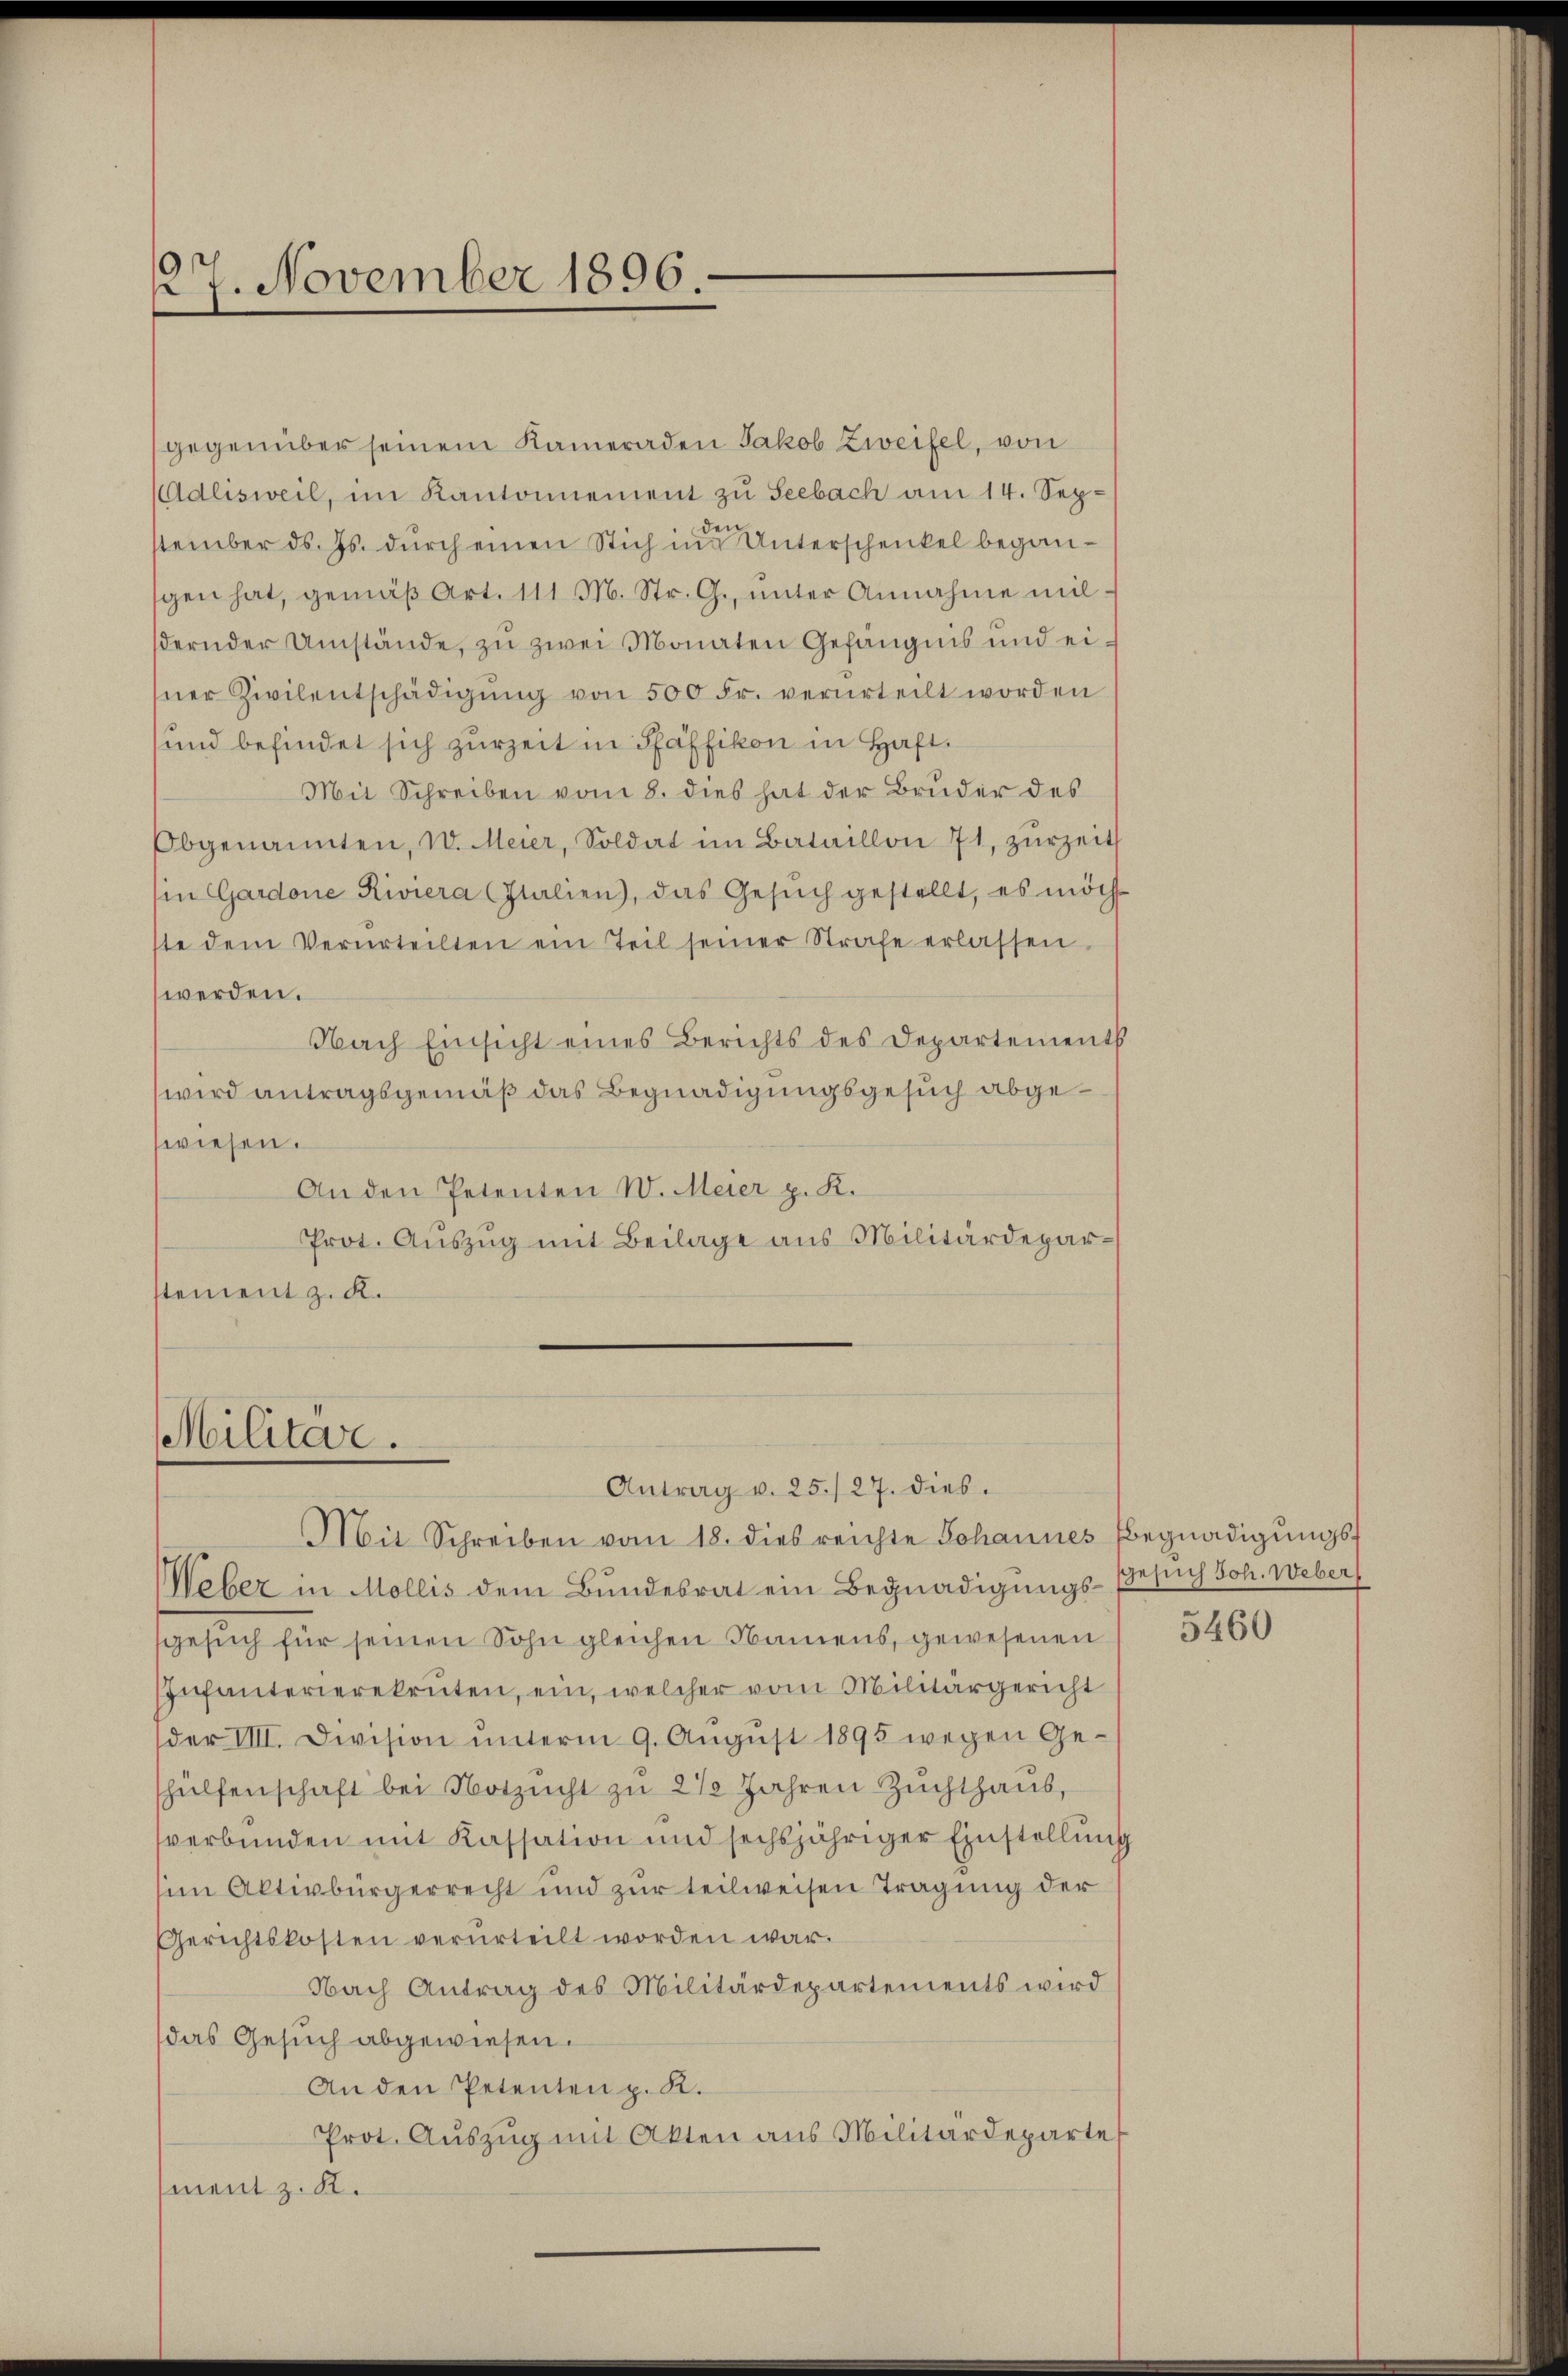
27. November 1896.

gegenüber seinem Kameraden Jakob Zweifel, von
Adlisweil, im Kantonnement zu Seebach am 14. Sepstember ds. Js. durch einen Stich in Unterschenkel begangen hat, gemäβ Art. 111 M. Str. G., ŭnter Annahme mil-
dernder Umstände, zu zwei Monaten Gefängnis und eisner Zivilentschädigŭng von 500 Fr. verurteilt worden
und befindet sich zurZeit in Pfäffikon in Haft.
Mit Schreiben vom 8. dies hat der Bruder des
Obgenannten, W. Meier, Soldat im Bataillon 71, zŭrzeit
in Gardone Riviera Italien), das Gesŭch gestellt, es möch
ste dem Verurteilten ein Teil seiner Strafe erlassen
werden.
Nach Einsicht eines Berichts des Departements
wird antragsgemäß das Begnadigungsgesuch abgewiesen.
An den Petenten W. Meier p. K.
Prot. Aŭszŭg mit Beilage aus Militärdeparstement z. K.

Militär.

Antrag u. 25./27. dies
Mit Schreiben vom 18. dies reichte Johannes Begnadigŭngsf
Weber in Mollis dem Bŭndesrat ein Begnadigŭngs-Gesŭch Joh. Weber
gesuch für seinen Sohn gleichen Namens, gewesenen
Infanterierekruten, ein, welcher vom Militärgericht
der VIII. Division ŭnterm 9. Aŭgŭst 1895 wegen Ge-
hülfenschaft bei Notzŭcht zu 2 1/2 Jahren Zŭchthaŭs,
verbunden mit Kassation und sechsjähriger Einstellŭng
sim Aktivbürgerrecht und zur teilweisen Tragung der
Gerichtskosten verurteilt worden war.
Nach Antrag des Militärdepartements wird
das Gesuch abgewiesen.
An den Petenten p. K.
Prot. Aŭszŭg mit Akten aus Militärdeparte
ment z. R.

5460